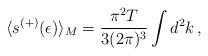
LaTeX: \begin{align*} \langle s^{(+)}(\epsilon)\rangle_M = \frac{\pi^2 T}{3(2\pi)^3} \int d^2 k \,{,}\end{align*}